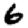
Digit: 6